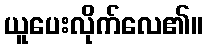
ယူပေးလိုက်လေ၏။